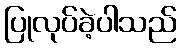
ပြုလုပ်ခဲ့ပါသည်